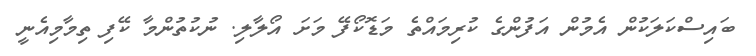
ބައިސްކަލަކުން އެމުން އަފުންގެ ކުރިމައްތެ މަޑޮކޯފޭ މަށަ އޯލާލި. ނުކުތުންމާ ކޭފި ތިމާމިއެނީ